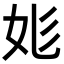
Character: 𡛆